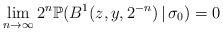
LaTeX: \begin{align*}\lim_{n\to\infty}2^{n}\mathbb{P}(B^{1}(z,y,2^{-n})\,|\,\sigma_{0})=0\end{align*}